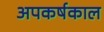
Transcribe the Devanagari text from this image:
अपकर्षकाल